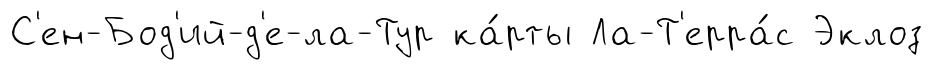
С'ен-Бод'ий-д'е-ла-Тур ка́рты Ла-Т'ерра́с Эклоз